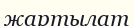
жартылат